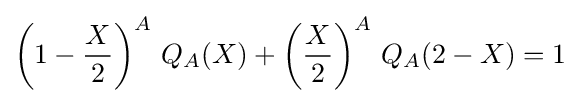
\left(1-{\frac {X}{2}}\right)^{A}\,Q_{A}(X)+\left({\frac {X}{2}}\right)^{A}\,Q_{A}(2-X)=1